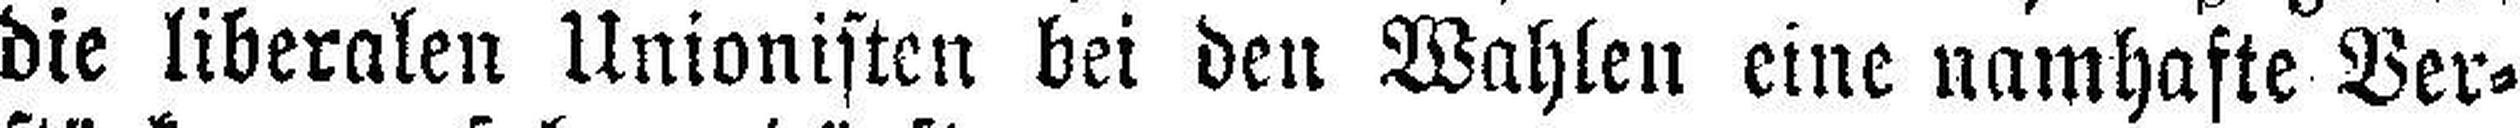
die liberalen Unionisten bei den Wahlen eine namhafte Ver¬